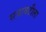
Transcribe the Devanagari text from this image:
सजावटीला